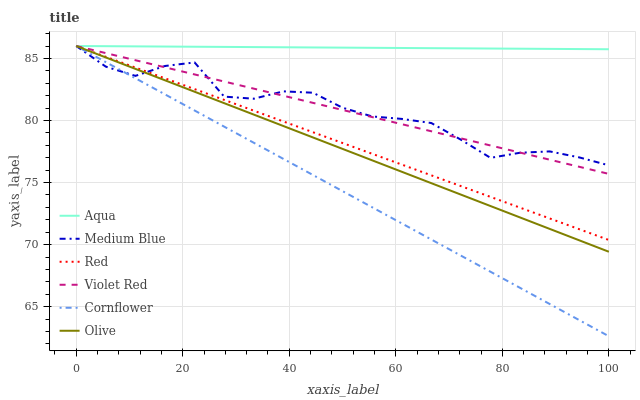
| xaxis_label | Aqua | Medium Blue | Red | Violet Red | Cornflower | Olive |
 | --- | --- | --- | --- | --- | --- | --- |
 | 0 | 86 | 86 | 86 | 86 | 86 | 86 |
 | 5.56 | 86 | 84.3 | 85.1 | 85.4 | 84.7 | 85.1 |
 | 11.1 | 86 | 83.6 | 84.3 | 84.9 | 83.4 | 84.2 |
 | 16.7 | 86 | 84.4 | 83.4 | 84.3 | 82.1 | 83.2 |
 | 22.2 | 85.9 | 84.7 | 82.5 | 83.7 | 80.8 | 82.3 |
 | 27.8 | 85.9 | 81.9 | 81.7 | 83.1 | 79.5 | 81.4 |
 | 33.3 | 85.9 | 81.8 | 80.8 | 82.6 | 78.2 | 80.5 |
 | 38.9 | 85.9 | 82.3 | 79.9 | 82 | 76.9 | 79.6 |
 | 44.4 | 85.9 | 82.2 | 79.1 | 81.4 | 75.6 | 78.6 |
 | 50 | 85.9 | 81 | 78.2 | 80.8 | 74.3 | 77.7 |
 | 55.6 | 85.9 | 80.3 | 77.3 | 80.3 | 73 | 76.8 |
 | 61.1 | 85.8 | 80.1 | 76.4 | 79.7 | 71.7 | 75.9 |
 | 66.7 | 85.8 | 79.8 | 75.6 | 79.1 | 70.4 | 74.9 |
 | 72.2 | 85.8 | 78.5 | 74.7 | 78.6 | 69.1 | 74 |
 | 77.8 | 85.8 | 77 | 73.8 | 78 | 67.8 | 73.1 |
 | 83.3 | 85.8 | 77.4 | 73 | 77.4 | 66.5 | 72.2 |
 | 88.9 | 85.8 | 77.5 | 72.1 | 76.8 | 65.2 | 71.3 |
 | 94.4 | 85.8 | 77 | 71.2 | 76.3 | 63.9 | 70.3 |
 | 100 | 85.7 | 76.4 | 70.4 | 75.7 | 62.6 | 69.4 |